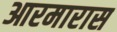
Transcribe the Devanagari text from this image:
आरमारास